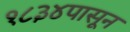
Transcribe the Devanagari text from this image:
१८३४पासून